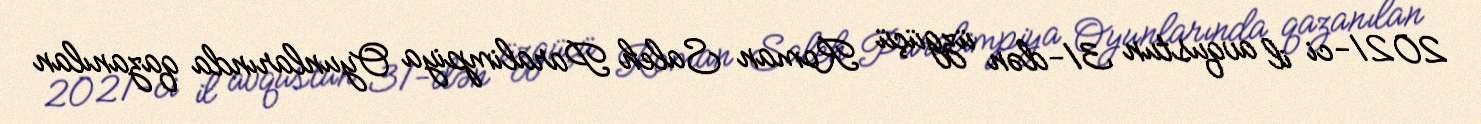
2021-ci il avqustun 31-dən üzgüçü Roman Saleh Paralimpiya Oyunlarında qazanılan